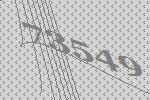
73549